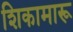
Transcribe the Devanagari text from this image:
शिकामारू